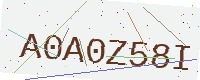
Text: A0A0Z58I